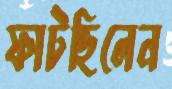
ফাটছিলেন